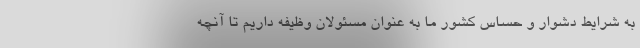
به شرایط دشوار و حساس کشور ما به عنوان مسئولان وظیفه داریم تا آنچه